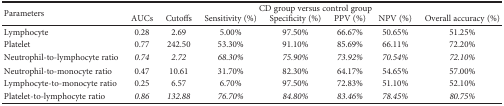
| <ROWSPAN=2> Parameters | <COLSPAN=7> CD group versus control group |
 | AUCs | Cutoffs | Sensitivity (%) | Specificity (%) | PPV (%) | NPV (%) | Overall accuracy (%) |
 | --- | --- | --- | --- | --- | --- | --- | --- |
 | Lymphocyte | 0.28 | 2.69 | 5.00% | 97.50% | 66.67% | 50.65% | 51.25% |
 | Platelet | 0.77 | 242.50 | 53.30% | 91.10% | 85.69% | 66.11% | 72.20% |
 | Neutrophil-to-lymphocyte ratio | 0.74 | 2.72 | 68.30% | 75.90% | 73.92% | 70.54% | 72.10% |
 | Neutrophil-to-monocyte ratio | 0.47 | 10.61 | 31.70% | 82.30% | 64.17% | 54.65% | 57.00% |
 | Lymphocyte-to-monocyte ratio | 0.25 | 6.57 | 6.70% | 97.50% | 72.83% | 51.10% | 52.10% |
 | Platelet-to-lymphocyte ratio | 0.86 | 132.88 | 76.70% | 84.80% | 83.46% | 78.45% | 80.75% |